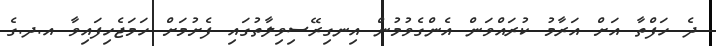
ދެ ހަފްތާ އަށް އަރާމު ކުރައްވަން އެންގެވުމުން އިނގިރޭސިވިލާތުގައި ފެށުމަށް ހަމަޖެހިފައިވާ އ.ދ.ގެ